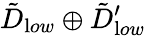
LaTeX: {\tilde{D}}_{{\textrm low}}\oplus{\tilde{D}}_{{\textrm low}}^{\prime}